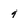
Character: 9